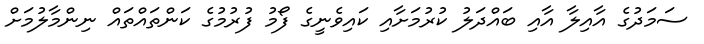
ސަމަދުގެ އާއިލާ އާއި ބައްދަލު ކުރުމަށާއި ކައިވެނީގެ ފޯމު ފުރުމުގެ ކަންތައްތައް ނިންމާލުމަށް